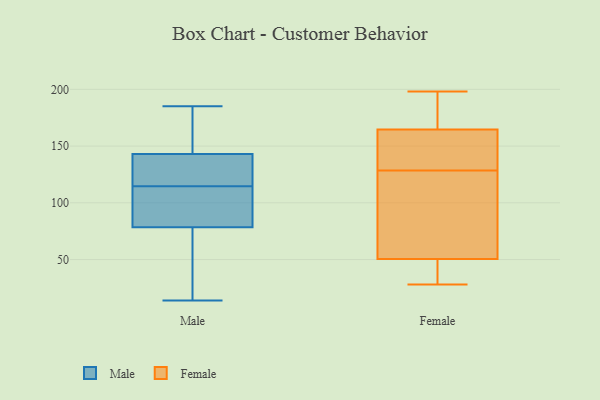
{"axis": {"x": "Net Income (USD K)", "y": "Value"}, "legend": ["Female", "Male"], "data": [{"x": "", "y": 116, "type": "Male"}, {"x": "", "y": 181, "type": "Male"}, {"x": "", "y": 152, "type": "Male"}, {"x": "", "y": 121, "type": "Male"}, {"x": "", "y": 138, "type": "Male"}, {"x": "", "y": 17, "type": "Male"}, {"x": "", "y": 76, "type": "Male"}, {"x": "", "y": 148, "type": "Male"}, {"x": "", "y": 171, "type": "Male"}, {"x": "", "y": 114, "type": "Male"}, {"x": "", "y": 19, "type": "Male"}, {"x": "", "y": 48, "type": "Male"}, {"x": "", "y": 83, "type": "Male"}, {"x": "", "y": 14, "type": "Male"}, {"x": "", "y": 87, "type": "Male"}, {"x": "", "y": 97, "type": "Male"}, {"x": "", "y": 185, "type": "Male"}, {"x": "", "y": 115, "type": "Male"}, {"x": "", "y": 116, "type": "Male"}, {"x": "", "y": 81, "type": "Male"}, {"x": "", "y": 61, "type": "Female"}, {"x": "", "y": 190, "type": "Female"}, {"x": "", "y": 109, "type": "Female"}, {"x": "", "y": 188, "type": "Female"}, {"x": "", "y": 28, "type": "Female"}, {"x": "", "y": 154, "type": "Female"}, {"x": "", "y": 130, "type": "Female"}, {"x": "", "y": 35, "type": "Female"}, {"x": "", "y": 193, "type": "Female"}, {"x": "", "y": 40, "type": "Female"}, {"x": "", "y": 142, "type": "Female"}, {"x": "", "y": 198, "type": "Female"}, {"x": "", "y": 127, "type": "Female"}, {"x": "", "y": 87, "type": "Female"}, {"x": "", "y": 31, "type": "Female"}, {"x": "", "y": 74, "type": "Female"}, {"x": "", "y": 168, "type": "Female"}, {"x": "", "y": 161, "type": "Female"}, {"x": "", "y": 31, "type": "Female"}, {"x": "", "y": 141, "type": "Female"}]}